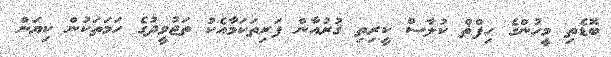
ބޮޑެތި މީހުންގެ ޙިފްޡް ކުލާސް ކީރިތި ޤުރުއާން ފަރިތަކަމާއެކު ތަޖުވީދުގެ ހަމަތަކުން ކިޔަން